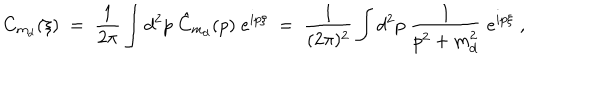
C _ { m _ { d } } ( \xi ) \; = \; \frac { 1 } { 2 \pi } \int d ^ { 2 } p \; \hat { C } _ { m _ { d } } ( p ) \; e ^ { i p \xi } \; = \; \frac { 1 } { ( 2 \pi ) ^ { 2 } } \int d ^ { 2 } p \; \frac { 1 } { p ^ { 2 } + m _ { d } ^ { 2 } } \; e ^ { i p \xi } \; ,